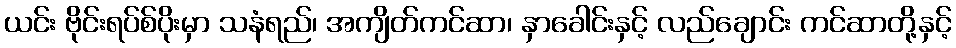
ယင်း ဗိုင်းရပ်စ်ပိုးမှာ သနံရည်၊ အကျိတ်ကင်ဆာ၊ နှာခေါင်းနှင့် လည်ချောင်း ကင်ဆာတို့နှင့်